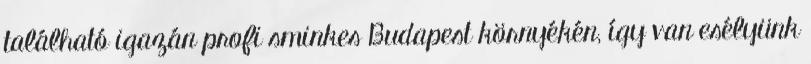
található igazán profi sminkes Budapest környékén, így van esélyünk